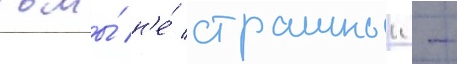
тьмы́ н'е́ страшныи -